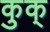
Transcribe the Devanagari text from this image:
कुक्